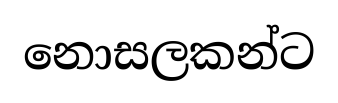
නොසලකන්ට